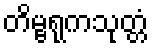
တိမ္ဗရုကသုတ္တံ